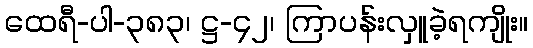
ထေရီ-ပါ-၃၈၃၊ ဋ္ဌ-၄၂၊ ကြာပန်းလှူခဲ့ရကျိုး။